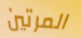
المرتين